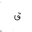
Letter: _qaf